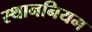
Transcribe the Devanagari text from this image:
स्थाननियम